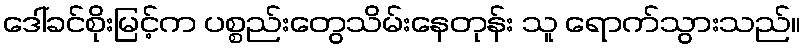
ဒေါ်ခင်စိုးမြင့်က ပစ္စည်းတွေသိမ်းနေတုန်း သူ ရောက်သွားသည်။